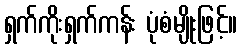
ရှက်ကိုးရှက်ကန်း ပုံစံမျိုးဖြင့်။